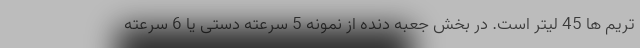
تریم ها 45 لیتر است. در بخش جعبه دنده از نمونه 5 سرعته دستی یا 6 سرعته